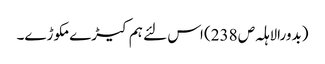
(بدورالاہلہ ص 238) اس لئے ہم کیڑے مکوڑے۔